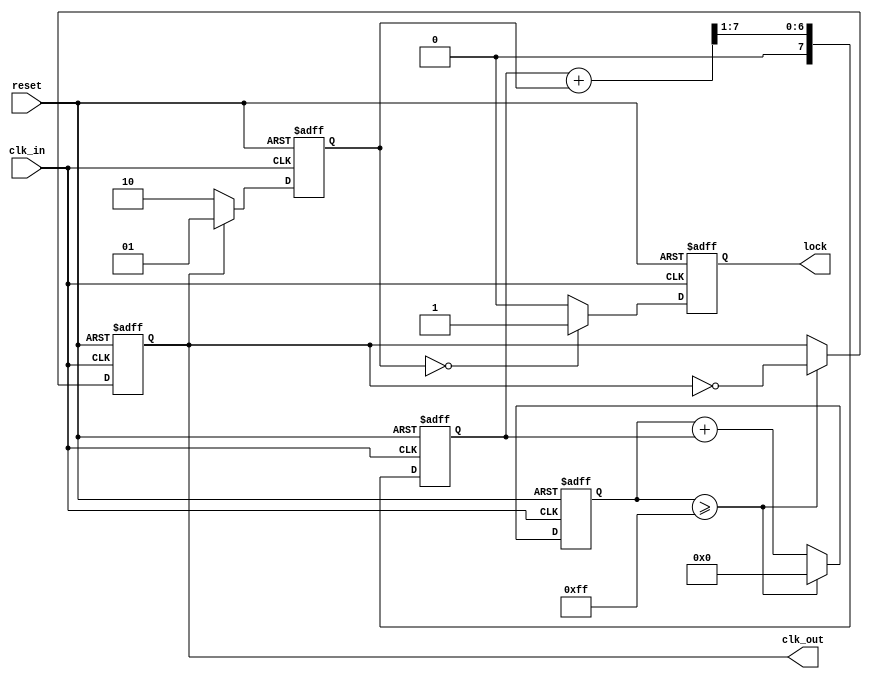
module pll (
    input wire clk_in,            // Incoming data signal
    input wire reset,             // Reset signal
    output reg clk_out,           // Synchronized output clock
    output reg lock               // Lock status
);

// Phase Detector
reg [1:0] phase_error; // Phase error signal
always @(posedge clk_in or posedge reset) begin
    if (reset) begin
        phase_error <= 2'b00;
    end else begin
        // Simple phase detection logic (example)
        if (clk_out) begin
            phase_error <= 2'b01; // Output clock is leading
        end else begin
            phase_error <= 2'b10; // Output clock is lagging
        end
    end
end

// Loop Filter
reg [7:0] filter_output; // Filtered output from loop filter
always @(posedge clk_in or posedge reset) begin
    if (reset) begin
        filter_output <= 8'b0;
    end else begin
        // Simple low-pass filter (example)
        filter_output <= (filter_output + phase_error) >> 1; // Averaging
    end
end

// Voltage-Controlled Oscillator (VCO)
reg [7:0] vco_count; // VCO counter
always @(posedge clk_in or posedge reset) begin
    if (reset) begin
        vco_count <= 8'b0;
        clk_out <= 1'b0;
    end else begin
        // Adjust frequency based on loop filter output
        vco_count <= vco_count + filter_output;
        if (vco_count >= 8'd255) begin
            clk_out <= ~clk_out; // Toggle output clock
            vco_count <= 8'b0;    // Reset counter
        end
    end
end

// Memory Block (for storing phase information)
reg [7:0] phase_memory [0:15]; // Example memory block
integer i;
always @(posedge clk_in or posedge reset) begin
    if (reset) begin
        for (i = 0; i < 16; i = i + 1) begin
            phase_memory[i] <= 8'b0; // Clear memory
        end
    end else begin
        phase_memory[0] <= phase_error; // Store phase error in memory
        // Implement additional memory logic as needed
    end
end

// Feedback Loop and Control Logic
always @(posedge clk_in or posedge reset) begin
    if (reset) begin
        lock <= 1'b0; // Initially not locked
    end else begin
        // Simple locking mechanism
        if (phase_error == 2'b00) begin
            lock <= 1'b1; // Locked when phase error is zero
        end else begin
            lock <= 1'b0; // Not locked
        end
    end
end

endmodule